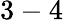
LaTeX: \mathrm{3-4}